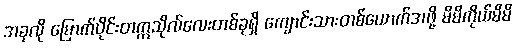
အခုလို မြောက်ပိုင်းတက္ကသိုလ်လေးတစ်ခုရှိ ကျောင်းသားတစ်ယောက်အဖို့ မိမိကိုယ်မိမိ